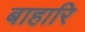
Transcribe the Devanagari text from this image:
बाहारि